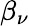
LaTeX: \beta_{\nu}